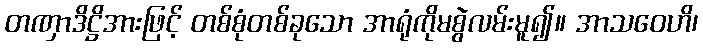
တဏှာဒိဋ္ဌိအားဖြင့် တစ်စုံတစ်ခုသော အာရုံကိုမစွဲလမ်းမူ၍။ အာသဝေဟိ၊